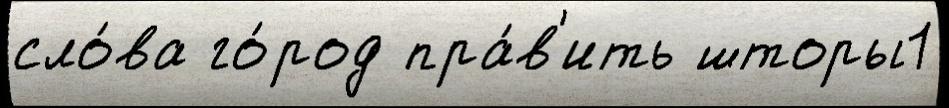
сло́ва го́род пра́в'ить шторы1